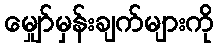
မျှော်မှန်းချက်များကို